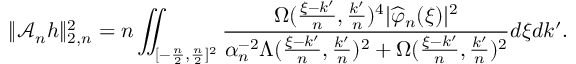
\| \mathscr { A } _ { n } h \| _ { 2 , n } ^ { 2 } = n \iint _ { [ - \frac { n } { 2 } , \frac { n } { 2 } ] ^ { 2 } } \frac { \Omega ( \frac { \xi - k ^ { \prime } } { n } , \frac { k ^ { \prime } } { n } ) ^ { 4 } | \widehat { \varphi } _ { n } ( \xi ) | ^ { 2 } } { \alpha _ { n } ^ { - 2 } \Lambda ( \frac { \xi - k ^ { \prime } } { n } , \frac { k ^ { \prime } } { n } ) ^ { 2 } + \Omega ( \frac { \xi - k ^ { \prime } } { n } , \frac { k ^ { \prime } } { n } ) ^ { 2 } } d \xi d k ^ { \prime } .